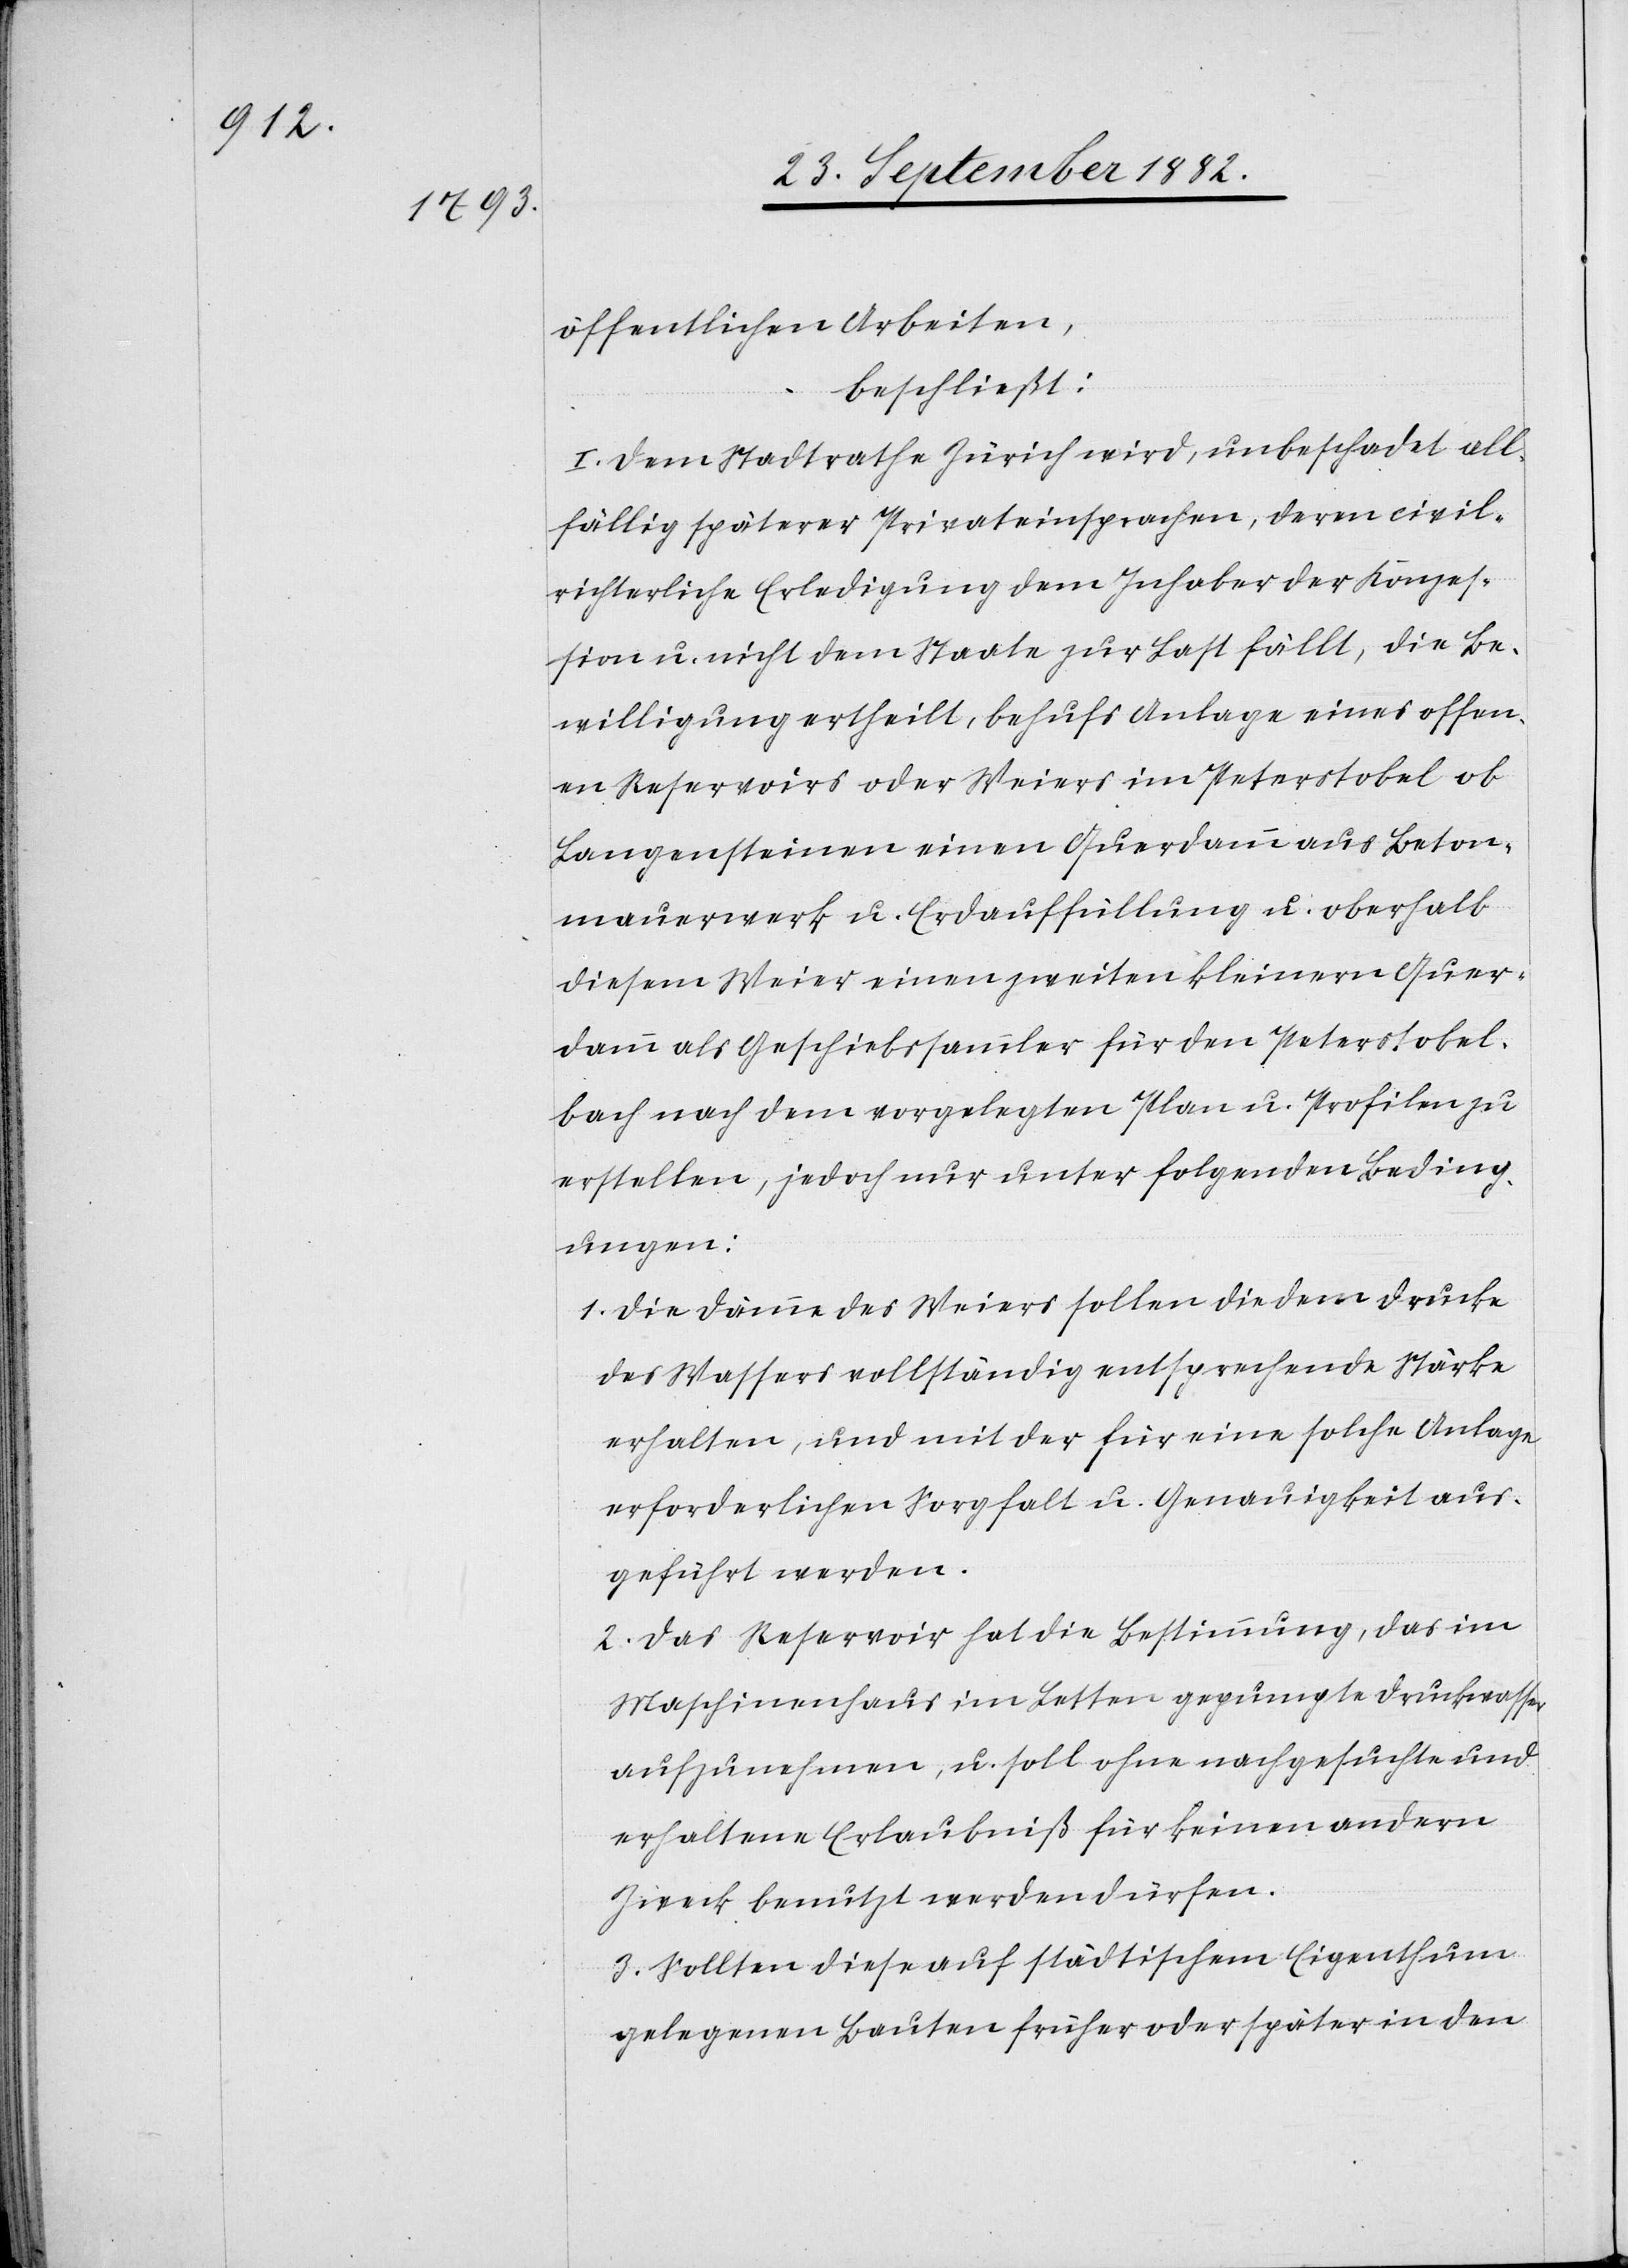
öffentlichen Arbeiten,
beschließt:
I. Dem Stadtrathe Zürich wird, unbeschadet all¬
fällig späterer Privateinsprachen, deren civil¬
richterliche Erledigung dem Inhaber der Konzes¬
sion u. nicht dem Staate zur Last fällt, die Be¬
willigung ertheilt, behufs Anlage eines offen¬
en Reservoirs oder Weiers im Petertobel ob
Langensteinen einen Querdamm aus Beton¬
mauerwerk u. Erdauffüllung u. oberhalb
diesem Weier einen zweiten kleinern Quer¬
damm als Geschiebsammler für den Peterstobel¬
bach nach dem vorgelegten Plan u. Profilen
erstellen, jedoch nur unter folgenden Beding¬
ungen:
1. Die Dämme des Weiers sollen die dem Drucke
des Wassers vollständig entsprechende Stärke
erhalten, und mit der für eine solche Anlage
erforderlichen Sorgfalt u. Genauigkeit aus¬
geführt werden.
2. Das Reservoir hat die Bestimmung, das im
Maschinenhaus im Letten gepumpte Druckwasser
aufzunehmen, u. soll ohne nachgesuchte und
erhaltene Erlaubniß für keinen andern
Zweck benutzt werden dürfen.
3. Sollten diese auf städtischem Eigenthum
gelegenen Bauten früher oder später in den